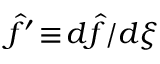
\hat { f } ^ { \prime } \! \equiv \! d \hat { f } / d \xi